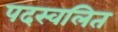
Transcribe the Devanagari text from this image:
पदस्वलित